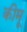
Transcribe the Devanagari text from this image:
कीमू